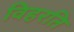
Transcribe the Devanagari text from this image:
विहरति